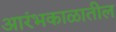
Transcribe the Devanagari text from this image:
आरंभकाळातील